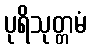
ပုရိသုတ္တမံ